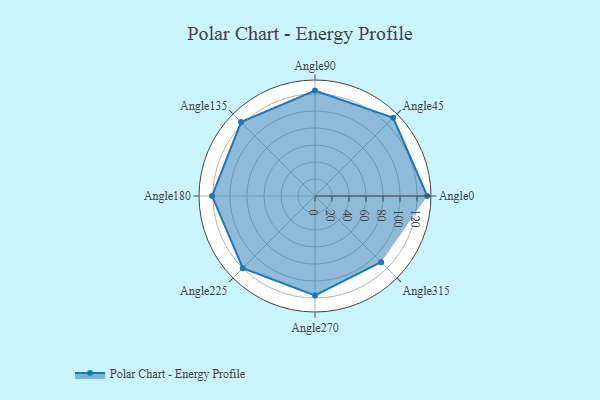
{"axis": {"x": "Angle", "y": "Radius"}, "legend": [""], "data": [{"x": "Angle0", "y": 132.0, "type": ""}, {"x": "Angle45", "y": 130.0, "type": ""}, {"x": "Angle90", "y": 124.0, "type": ""}, {"x": "Angle135", "y": 123.0, "type": ""}, {"x": "Angle180", "y": 121.0, "type": ""}, {"x": "Angle225", "y": 120.0, "type": ""}, {"x": "Angle270", "y": 117.0, "type": ""}, {"x": "Angle315", "y": 110.0, "type": ""}]}